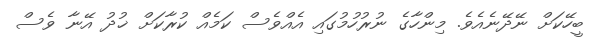
ބީހޭކަށް ނޭދޭނެއެވެ. މިންހާގެ ނުރުހުމުގައި އެއްވެސް ކަމެއް ކުރާކަށް ޚުދު އޭނާ ވެސް